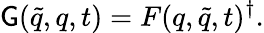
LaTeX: \mathsf{G}(\widetilde{{q}},q,t)=F(q,\widetilde{{q}},t)^{\dagger}.